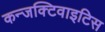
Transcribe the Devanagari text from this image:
कन्जक्टिवाइटिस